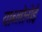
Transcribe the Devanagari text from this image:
याब्लोनोई